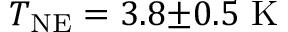
T _ { \mathrm { N E } } = 3 . 8 { \pm } 0 . 5 \ \mathrm { K }